Annual statistical returns and brief notes on vaccination in Bengal - 1887-1898
Year: 1887
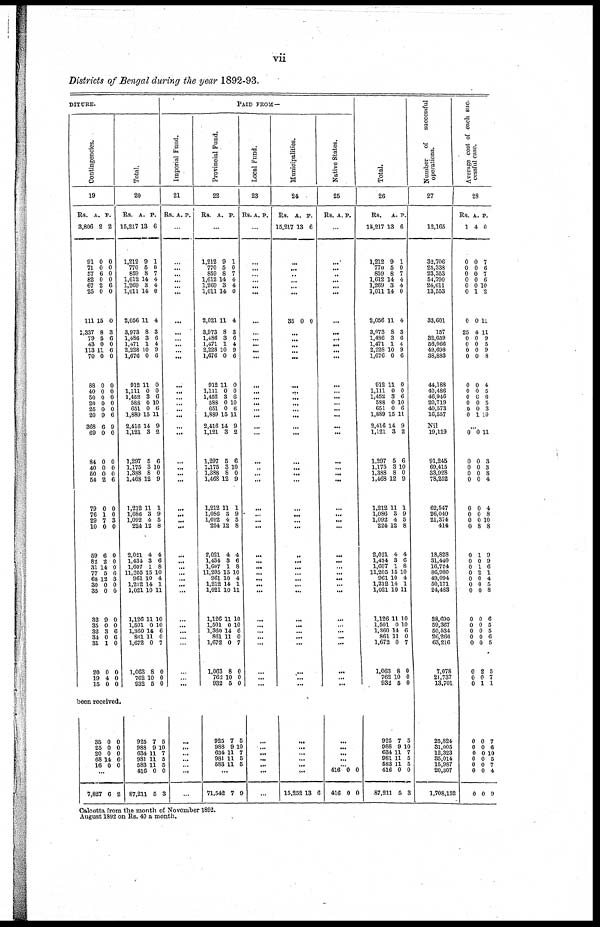
vii
Districts of Bengal during the year 1892-93.
DITURE.
Contingencies.
19
Rs.
3,806
91
71
57
82
67
25
111
1,837
79
43
113
70
88
40
50
20
25
20
368
69
84
40
50
54
79
76
29
10
59
82
31
77
68
30
35
32
35
32
34
31
20
19
15
A.
2
0
0
6
0
2
0
15
8
5
0
11
0
0
0
0
0
0
9
6
0
0
0
0
2
0
1
7
0
6
2
14
5
12
0
0
9
0
3
0
1
0
4
0
P.
2
0
0
0
0
6
0
0
3
6
0
6
0
0
0
0
0
0
6
9
0
0
0
0
6
0
0
3
0
0
0
0
6
3
0
0
0
0
6
6
0
0
0
0
been received.
35
25
20
68
16
0
0
0
14
0
0
0
0
6
0
...
7,827 6 2
Total.
20
Rs.
15,217
1,212
770
859
1,612
1,269
1,011
2,056
3,973
1,480
1,471
2,228
1,676
912
1,111
1,452
588
651
1,889
2,416
1,121
1,297
1,175
1,388
1,468
1,212
1,086
1,092
224
2,021
1,434
1,607
11,205
961
1,212
1,021
1,126
1,501
1,360
861
1,672
1,063
762
932
A.
18
9
5
8
14
3
14
11
8
3
1
10
0
11
0
3
0
0
15
14
3
5
3
8
12
11
3
4
12
4
3
1
15
10
14
10
11
0
14
11
0
8
10
5
P.
6
1
0
7
4
4
0
4
3
6
4
9
6
0
0
6
10
6
11
9
2
6
10
0
9
1
9
5
8
4
6
8
10
4
1
11
10
10
6
0
7
0
0
0
925
988
634
981
583
416
87,211
7
9
11
11
11
0
5
5
10
7
5
5
0
3
PAID FROM—
Imperial Fund.
21
Rs. A. P.
...
...
...
...
...
... ...
...
...
... ...
...
...
...
...
...
... ...
...
...
...
...
...
...
...
...
...
...
...
...
...
...
... ...
...
...
...
...
...
...
...
...
...
...
...
...
...
...
...
...
...
Provincial Fund.
22
Rs. A. P.
...
1,212
770
859
1,612
1,269
1,011
2,021
8,973
1,486
1,471
2,228
1,676
912
1,111
1,452
588
651
1,889
2,416
1,121
1,297
1,175
1,388
1,468
1,212
1,086
1,092
224
2,021
1,484
1,607
11,205
961
1,212
1,021
1,126
1,501
1,360
861
1,672
1,063
762
932
9
5
8
14
3
14
11
8
3
1
10
0
11
0
3
0
0
15
14
3
5
3
8
12
11
3
4
12
4
3
1
15
10
14
10
11
0
14
11
0
8
10
5
1
0
7
4
4
0
4
3
6
4
9
6
0
0
6
10
6
11
9
2
6
10
0
9
1
9
5
8
4
6
8
10
4
1
11
10
10
6
0
7
0
0
0
925
988
634
981
583
7
9
11
11
11
5
10
7
5
5
...
71,542 7 9
Local Fund.
23
Rs. A. P.
...
...
...
... ...
...
...
...
...
... ...
...
...
...
... ...
...
...
...
...
...
...
...
...
...
...
...
...
...
...
... ...
...
...
...
...
...
...
... ...
...
...
...
...
...
...
...
...
...
...
...
Municipalities.
24
R9.
15,217
A.
13
P.
6
...
...
... ...
... ...
35 0 0
...
... ...
... ...
...
...
...
... ...
...
...
...
...
...
...
...
...
...
...
...
...
...
... ...
...
...
...
...
...
...
...
...
...
...
...
...
...
...
...
...
...
15,252 13 6
Native States.
25
Rs. A. p.
...
...
...
... ...
...
...
...
...
... ...
...
...
...
... ...
...
...
...
...
...
...
...
...
...
...
...
...
...
...
...
...
...
...
...
...
...
...
...
...
...
...
...
...
...
...
...
...
...
416
416
0
0
0
0
Total.
26
Rs.
15,217
1,212
770
859
1,612
1,269
1,011
2,056
3,973
1,486
1,471
2,228
1,676
912
1,111
1,452
588
651
1,889
2,416
1,121
1,297
1,175
1,388
1,468
1,212
1,086
1,092
224
2,021
1,434
1,607
11,205
961
1,212
1,021
1,126
1,501
1,360
861
1,672
1,063
762
932
A.
13
9
5
8
14
8
14
11
8
3
1
10
0
11
0
3
0
0
15
14
3
5
3
8
12
11
3
4
12
4
3
1
15
10
14
10
11
0
14
11
0
8
10
5
P.
6
1
0
7
4
4
0
4
3
6
4
9
6
0
0
6
10
6
11
9
2
6
10
0
9
1
9
5
8
4
6
8
10
4
1
11
10
10
6
0
7
0
0
0
925
988
634
981
583
416
87,211
7
9
11
11
11
0
5
5
10
7
5
5
0
3
Number
of
successful
operations.
27
12,165
32,706
25,338
23,353
54,790
24,611
13,553
33,601
157
32,659
56,066
49,698
36,883
44,188
40,486
46,946
20,719
40,573
16,557
Nil
19,119
91,245
69,415
33,928
78,252
62,547
26,040
21,374
414
18,828
31,440
16,724
86,980
49,094
50,171
24,483
38,690
59,367
50,534
26,266
63,216
7,078
21,737
13,701
25,824
31,005
12,323
35,014
15,987
20,307
1,708,152
Average cost of each suc¬
cessful case.
28
Rs
1
0
0
0
0
0
0
0
25
0
0
0
0
0
0
0
0
0
0
A.
4
0
0
0
0
0
1
0
4
0
0
0
0
0
0
0 0
0
1
P.
0
7
6
7
6
10
2
11
11
9
5
9
8
4
5
6
5
3
10
...
0
0
0
0
0
0
0
0
0
0
0
0
0
0
0
0
0
0
0
0
0
0
0
0
0
0
0
0
0
0
0
0
8
1
0
1
2
0
0
0
0
0
0
0
0
2
0
1
11
3
3
8
4
4
8
10
8
9
9
6
1
4
5
8
6
5
5
6
5
5
7
1
0
0
0
0
0
0
0
0
0
0
0
0
0
0
7
6
10
5
7
4
9
Calcutta from the month of November 1892.
August 1892 on Rs. 40 a month.